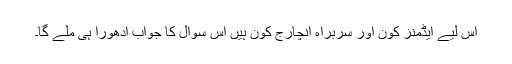
اس لیے ایڈمنز کون اور سربراہ انچارج کون ہیں اس سوال کا جواب ادھورا ہی ملے گا۔